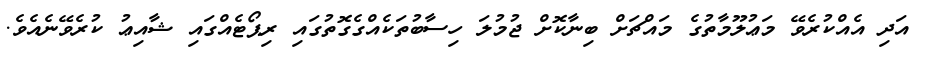
އަދި އެއްކުރެވޭ މަޢުލޫމާތުގެ މައްޗަށް ބިނާކޮށް ޖުމުލަ ހިސާބުތަކެއްގެގޮތުގައި ރިޕޯޓެއްގައި ޝާއިޢު ކުރެވޭނެއެވެ.